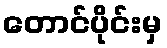
တောင်ပိုင်းမှ